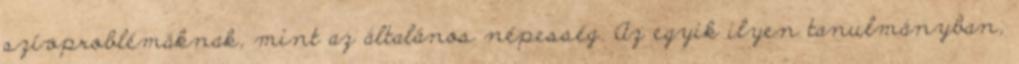
szívproblémáknak, mint az általános népesség. Az egyik ilyen tanulmányban,